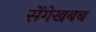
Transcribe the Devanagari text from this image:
सेंगेखबब